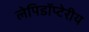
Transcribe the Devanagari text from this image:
लेपिडॉप्टेरीय